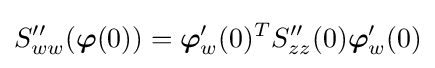
S''_{ww}({\boldsymbol {\varphi }}(0))={\boldsymbol {\varphi }}'_{w}(0)^{T}S''_{zz}(0){\boldsymbol {\varphi }}'_{w}(0)